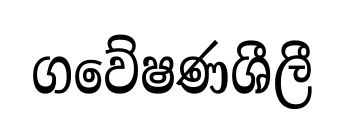
ගවේෂණශීලී